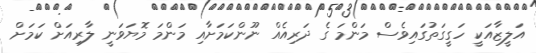
އަލީޒާއަކީ ހަގީގަތުގައިވެސް މަންމަ ގެ ދަރިއެއް ނޫންކަމަށާއި މަންމަ މޮޔަވަނީ ލާރިއަށް ކަމަށް